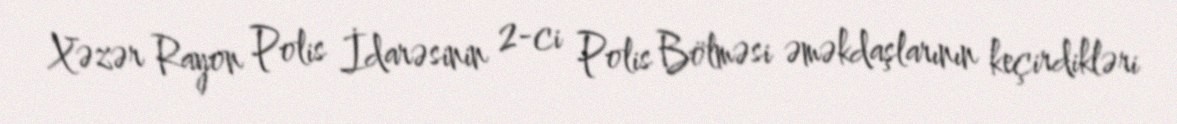
Xəzər Rayon Polis İdarəsinin 2-ci Polis Bölməsi əməkdaşlarının keçirdikləri